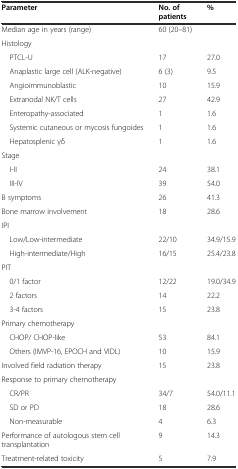
<table><thead><tr><td><b>Parameter</b></td><td><b>No. of patients</b></td><td><b>%</b></td></tr></thead><tbody><tr><td>Median age in years (range)</td><td>60 (20–81)</td><td></td></tr><tr><td>Histology</td><td></td><td></td></tr><tr><td> PTCL-U</td><td>17</td><td>27.0</td></tr><tr><td> Anaplastic large cell (ALK-negative)</td><td>6 (3)</td><td>9.5</td></tr><tr><td> Angioimmunoblastic</td><td>10</td><td>15.9</td></tr><tr><td> Extranodal NK/T cells</td><td>27</td><td>42.9</td></tr><tr><td> Enteropathy-associated</td><td>1</td><td>1.6</td></tr><tr><td> Systemic cutaneous or mycosis fungoides</td><td>1</td><td>1.6</td></tr><tr><td> Hepatosplenic γδ</td><td>1</td><td>1.6</td></tr><tr><td>Stage</td><td></td><td></td></tr><tr><td> I-II</td><td>24</td><td>38.1</td></tr><tr><td> III-IV</td><td>39</td><td>54.0</td></tr><tr><td>B symptoms</td><td>26</td><td>41.3</td></tr><tr><td>Bone marrow involvement</td><td>18</td><td>28.6</td></tr><tr><td>IPI</td><td></td><td></td></tr><tr><td> Low/Low-intermediate</td><td>22/10</td><td>34.9/15.9</td></tr><tr><td> High-intermediate/High</td><td>16/15</td><td>25.4/23.8</td></tr><tr><td>PIT</td><td></td><td></td></tr><tr><td> 0/1 factor</td><td>12/22</td><td>19.0/34.9</td></tr><tr><td> 2 factors</td><td>14</td><td>22.2</td></tr><tr><td> 3-4 factors</td><td>15</td><td>23.8</td></tr><tr><td>Primary chemotherapy</td><td></td><td></td></tr><tr><td> CHOP/ CHOP-like</td><td>53</td><td>84.1</td></tr><tr><td> Others (IMVP-16, EPOCH and VIDL)</td><td>10</td><td>15.9</td></tr><tr><td>Involved field radiation therapy</td><td>15</td><td>23.8</td></tr><tr><td>Response to primary chemotherapy</td><td></td><td></td></tr><tr><td> CR/PR</td><td>34/7</td><td>54.0/11.1</td></tr><tr><td> SD or PD</td><td>18</td><td>28.6</td></tr><tr><td> Non-measurable</td><td>4</td><td>6.3</td></tr><tr><td>Performance of autologous stem cell transplantation</td><td>9</td><td>14.3</td></tr><tr><td>Treatment-related toxicity</td><td>5</td><td>7.9</td></tr></tbody></table>